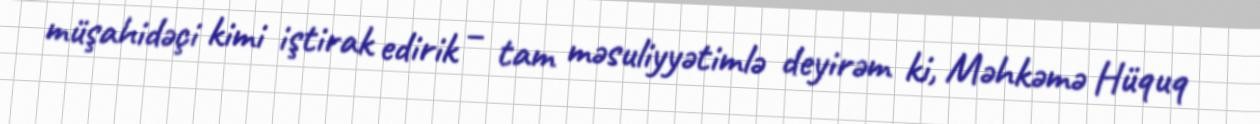
müşahidəçi kimi iştirak edirik – tam məsuliyyətimlə deyirəm ki, Məhkəmə Hüquq